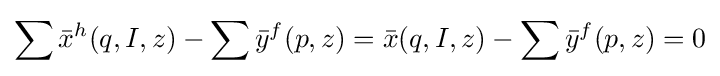
\sum {\bar {x}}^{h}(q,I,z)-\sum {\bar {y}}^{f}(p,z)={\bar {x}}(q,I,z)-\sum {\bar {y}}^{f}(p,z)=0